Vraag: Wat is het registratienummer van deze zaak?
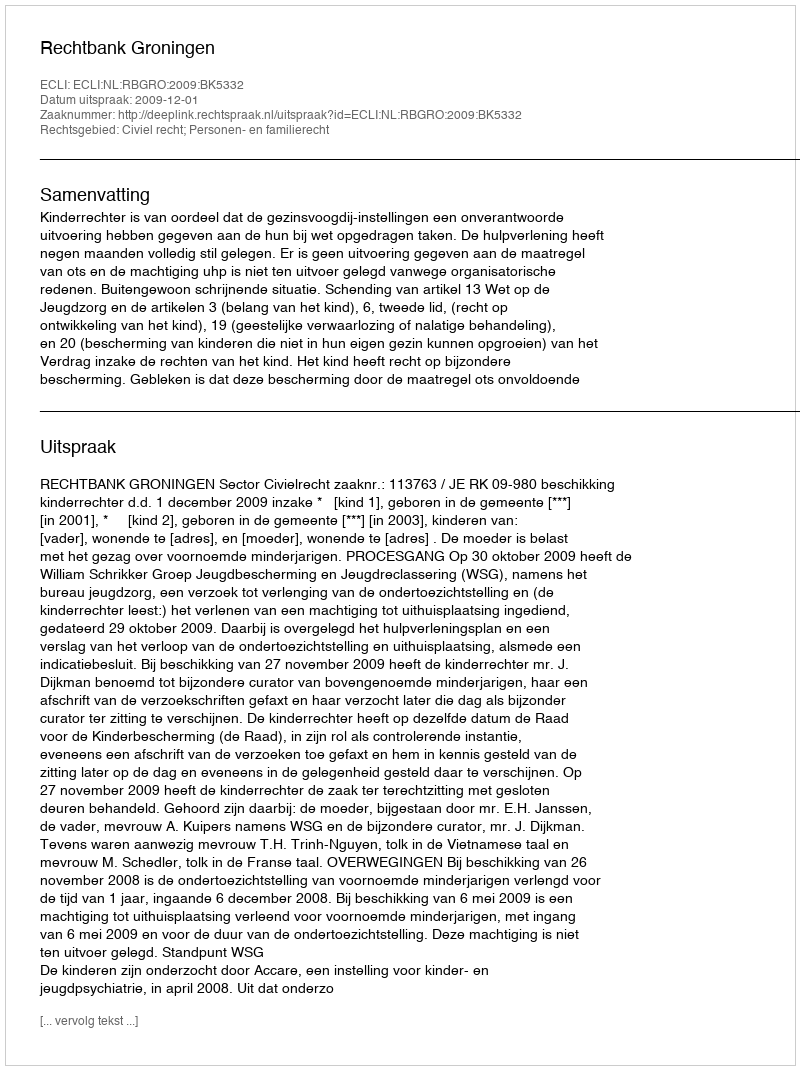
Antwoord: http://deeplink.rechtspraak.nl/uitspraak?id=ECLI:NL:RBGRO:2009:BK5332